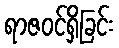
ရာဇဝင်ရှိခြင်း